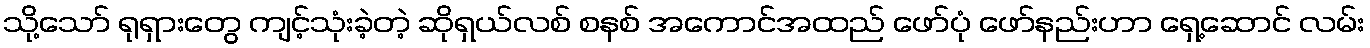
သို့သော် ရုရှားတွေ ကျင့်သုံးခဲ့တဲ့ ဆိုရှယ်လစ် စနစ် အကောင်အထည် ဖော်ပုံ ဖော်နည်းဟာ ရှေ့ဆောင် လမ်း